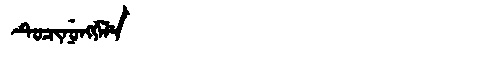
Manchu: ᡨᡠᠴᡳᠨᡠᠩᡤᡝᠯᡝ
Romanization: TUCINUNGGELE